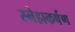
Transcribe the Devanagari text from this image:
स्नेहाकर्षण